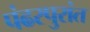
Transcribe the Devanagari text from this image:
पंढरपुरांत